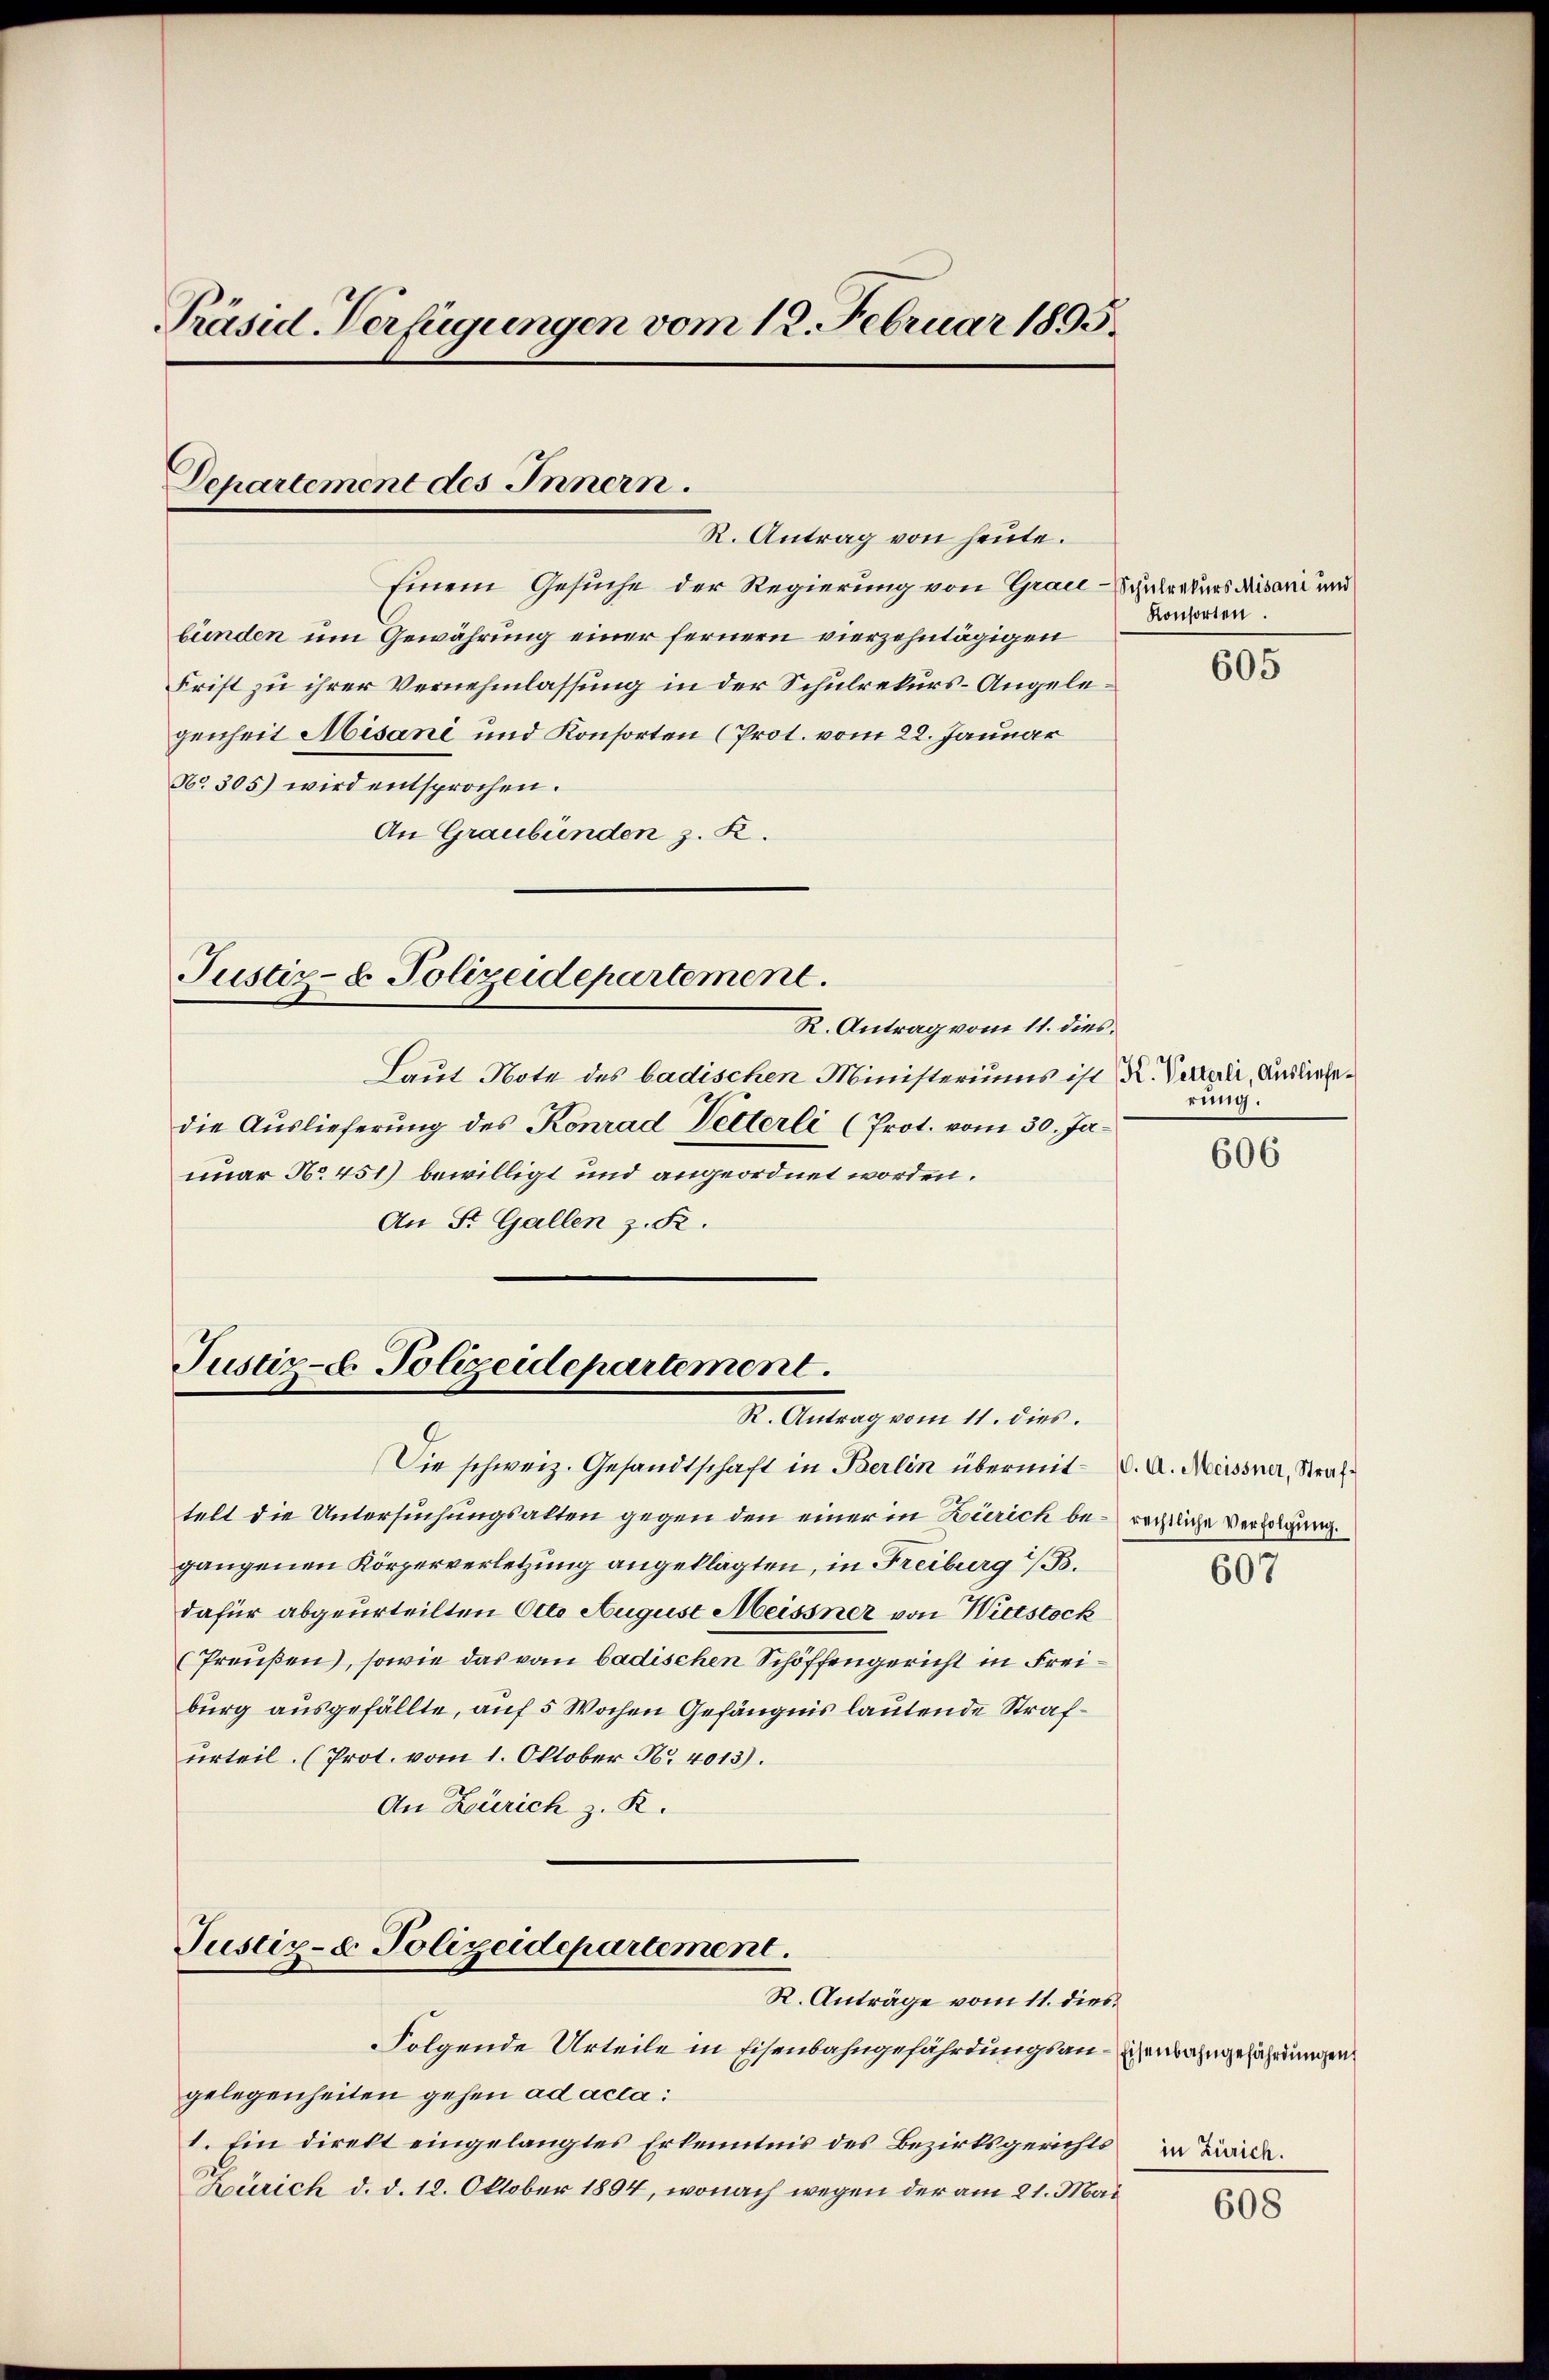
Präsid. Verfügungen vom 12. Februar 1895.

Departement des Innern.

R. Antrag von heute.
Einem Gesuche der Regierung von Grau-Schulrekurs Misani und
bünden um Gewährung einer fernern vierzehntägigen
Frist zu ihrer Vernehmlassung in der Schulrekurs-Angelegenheit Misani und Konsorten (Prot. vom 22. Januar
No. 305) wird entsprochen.
An Graubünden z. R.

Justiz- & Polizeidepartement.
R. Antrag vom 11. dies

Justiz-E. Polizeidepartement.
I. Antrag vom 11. dies.

Justiz- & Polizeidepartement.

Laut Note des badischen Ministeriums ist K. Vater, Ausliefedie Auslieferung des Konrad Petterli (Prot. vom 30. Januar No 451) bewilligt und angeordnet worden.
An St. Gallen z. R.

Die schweiz. Gesandtschaft in Berlin übermit d. A. Messner, Straftelt die Untersuchungsalten gegen den einer in Zürich berechtliche Verfolgung.
gangenen Körperverletzung angeklagten, in Freiburg i/B.
dafür abgeurteilten Otto August Meissner von Wietstock
(Preußen, sowie das vom badischen Schöffengericht in Freiburg ausgefällte, auf 5 Wochen Gefängnis lautende Strafurteil. (Prot. vom 1. Oktober Nr. 4013).
An Zürich z. R.

R. Anträge vom 11. dies
Folgende Urteile in Eisenbahngefährdungsan-Schenbahngefährdungen
gelegenheiten gehen ad acta:
1. Ein direkt eingelangtes Erkenntnis des Bezirksgerichts in Kreide¬
Zürich d. d. 12. Oktober 1894, wonach wegen der am 21. Mai

Konsorten.

605

rung.

606

607

608